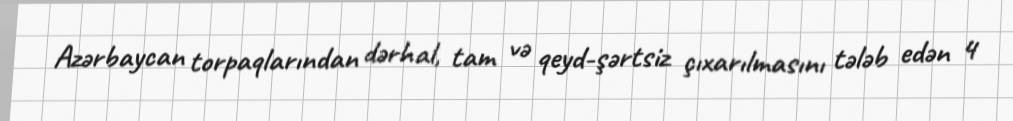
Azərbaycan torpaqlarından dərhal, tam və qeyd-şərtsiz çıxarılmasını tələb edən 4